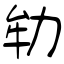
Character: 劺